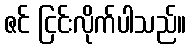
ဇင် ငြင်းလိုက်ပါသည်။